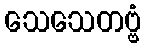
သေသေတဗ္ဗံ